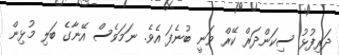
ދަރިފުޅު ސިކަންދަރް ކޭރް ވަނީ ބުނެފަ އެވެ. ނަމަވެސް އޭނާގެ ބަލި މުޅިން